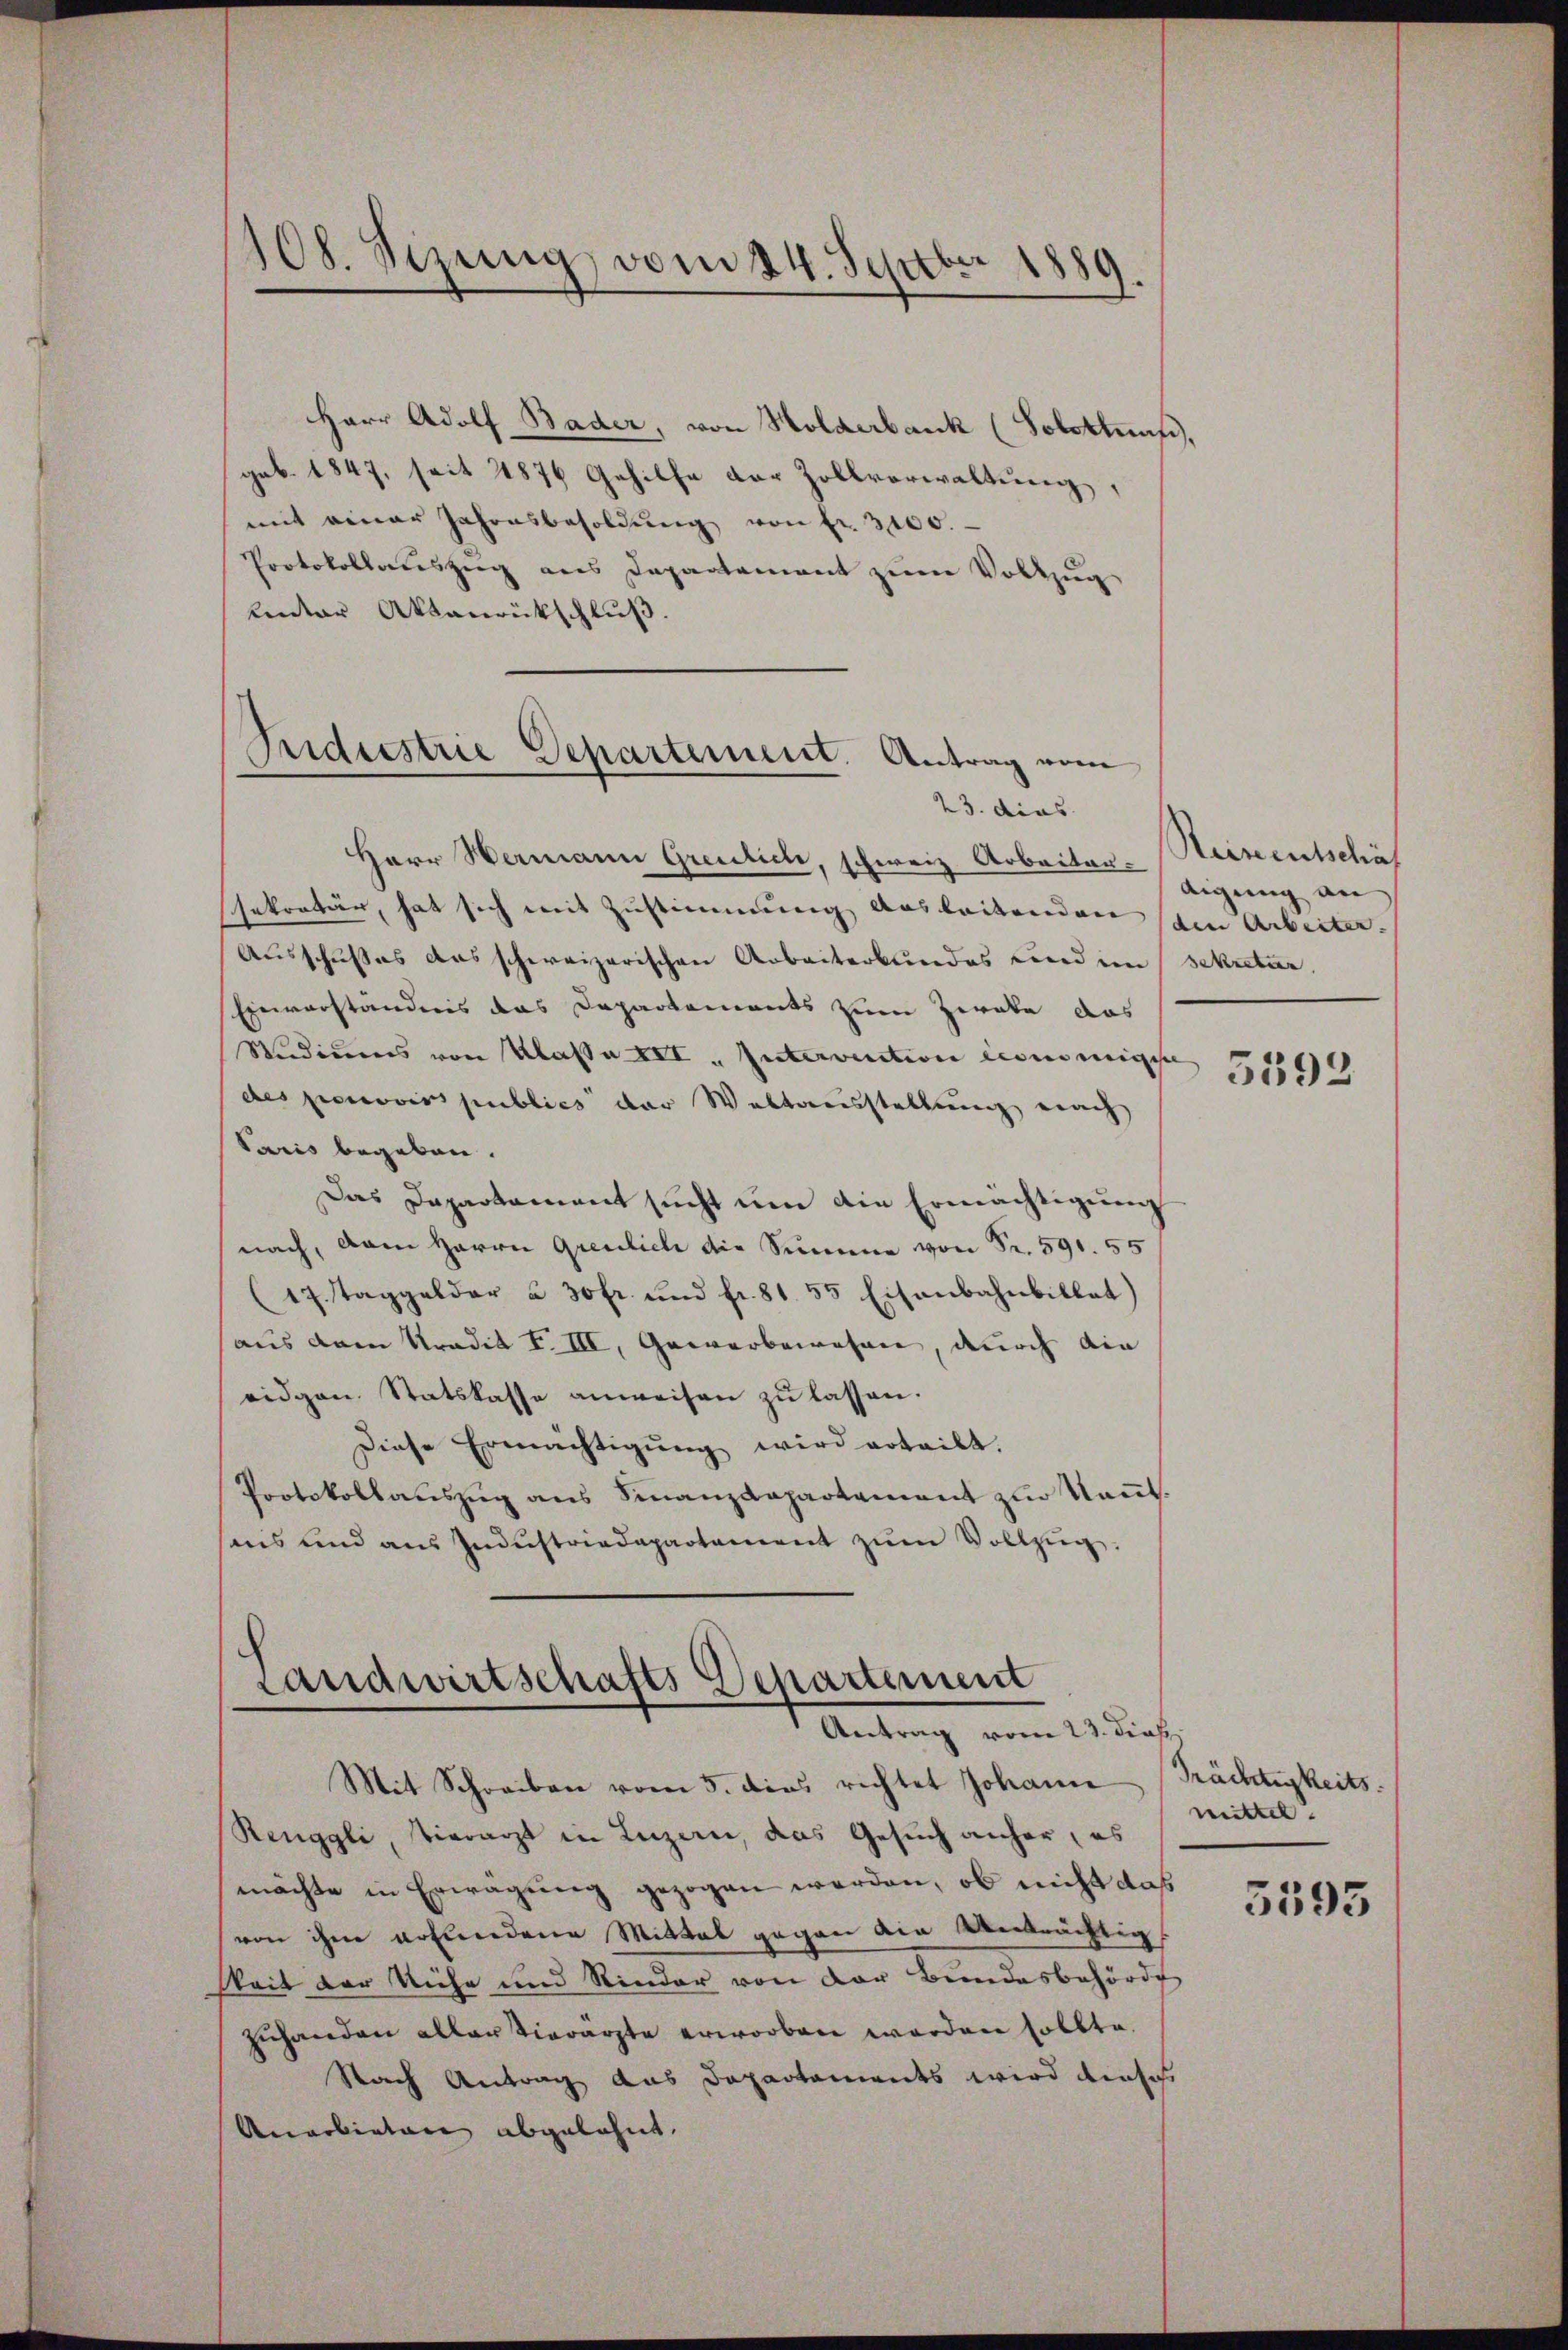
108. Sizung vom 24. Septbr 1889

Herr Adolf Bader, von Holderbank (Solottes,
geb. 1847, seit 1876 Gehilfe der Zollverwaltung,
mit einer Jahresbesoldŭng von fr. 3100.
Protokollaŭszŭg als Departement zŭm Vollzŭg
unter Aktanrückschluß

Priderstrie Departement. Antrag vom
23. dies

Herr Wermann Greulich, schweiz. Arbeiten-Steinentschäf
sekretär, hat sich mit Zustimmung ausleitenden den Arbeiter.
Ausschußes das schweizerischen Arbeiterbundes und im Sekreter,
Einverständnis das Departements zum Zerate das
Studiums von Klasse XII „Intervention commige
des porcovics publics der Waltausstellung nach
Paris begeben.
Das Departament sucht um die Ermächtigung
nach, vom Herrn Greulich die Summe von Fr. 591. 55
(17. Taggelder u. 30 fr. und fr. 81. 55 Eisenbahnbillat)
aus dem Tradit F. III, Gewerbewesen, durch die
eidgen. Statskasse anweisen zu lassen.
Diese Ermächtigŭng wird erteilt.
Protokollauszug aus Finanzdepartement zur Kant
seis und aŭs Indŭstriedepartement zŭm Vollzŭg.

Landwirtschafts Departement
Antrag vom 23. dies

Mit Schreiben vom 5. dies richtet Johann (Prächtigkeits
Renggli, vierarzt in Luzern, das Gesuch anher, es
möchte in Erwägung gezogen werden, ob nicht das
von ihm erfundene Mittal gegen ain Anträchtig
keit der Küche und Rinder von der Bundesbehörde
zuhanden allen Vierärzte erworben worden sollte.
Nach Antrag das Dapartements wird dieses
Anarbieten abgelehnt. |

digung an

5593

mittel.

5595